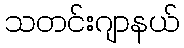
သတင်းဂျာနယ်